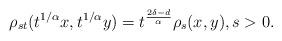
LaTeX: \begin{align*} \rho_{st}(t^{1/\alpha }x, t^{1/\alpha }y) =t^{\frac{2\delta-d}{\alpha} } \rho_s(x , y), s>0.\end{align*}